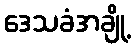
ဒေသခံအချို့